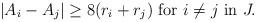
LaTeX: \begin{align*} \vert A_i-A_j\vert \geq 8 (r_i+r_j) {\rm \ for \ } i \not =j {\rm \ in \ } J. \end{align*}